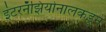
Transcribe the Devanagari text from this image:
इंटरनॅझियोनालकडून